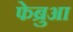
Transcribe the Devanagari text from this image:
फेब्रुआ